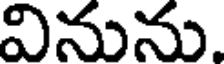
వినును.